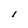
Character: l